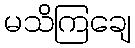
မသိကြချေ